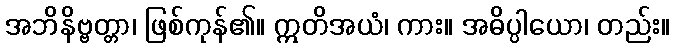
အဘိနိဗ္ဗတ္တာ၊ ဖြစ်ကုန်၏။ ဣတိအယံ၊ ကား။ အဓိပ္ပါယော၊ တည်း။